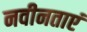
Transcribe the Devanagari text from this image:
नवीनताएं